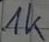
Text: 1K